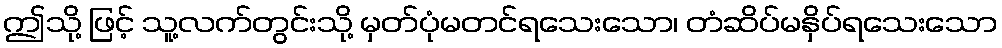
ဤသို့ ဖြင့် သူ့လက်တွင်းသို့ မှတ်ပုံမတင်ရသေးသော၊ တံဆိပ်မနှိပ်ရသေးသော